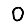
Digit: 0